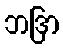
ဘဒြာ